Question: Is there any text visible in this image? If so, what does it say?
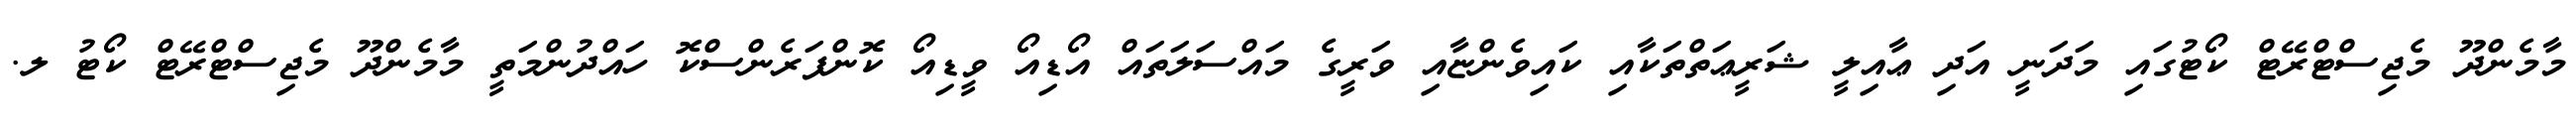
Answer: މާމެންދޫ މެޖިސްޓްރޭޓް ކޯޓުގައި މަދަނީ އަދި ޢާއިލީ ޝަރީޢަތްތަކާއި ކައިވެންޏާއި ވަރީގެ މައްސަލަތައް އޯޑިއޯ ވީޑިއޯ ކޮންފަރެންސްކޮ ހައްދުންމަތީ މާމެންދޫ މެޖިސްޓްރޭޓް ކޯޓު ލ.